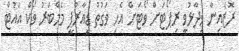
ރޮޒެއިނާ ވިދާޅުވީ ރިޕޯޓަށް ވޯޓަށް އެހި ވަގުތު ޑީއާރުޕީ މެމްބަރު ވޯކް އައުޓް